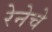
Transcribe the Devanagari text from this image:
रेनेचे